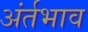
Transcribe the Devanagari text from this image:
अंर्तभाव